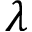
\lambda